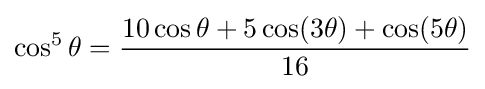
\cos ^{5}\theta ={\frac {10\cos \theta +5\cos(3\theta )+\cos(5\theta )}{16}}